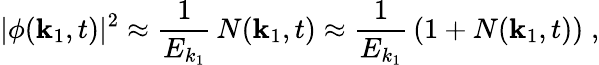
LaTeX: |\phi({\mathbf k}_{1},t)|^{2}\approx\frac{1}{E_{k_{1}}}\, N({\mathbf k}_{1},t)\approx\frac{1}{E_{k_{1}}}\, (1+N({\mathbf k}_{1},t))\; ,